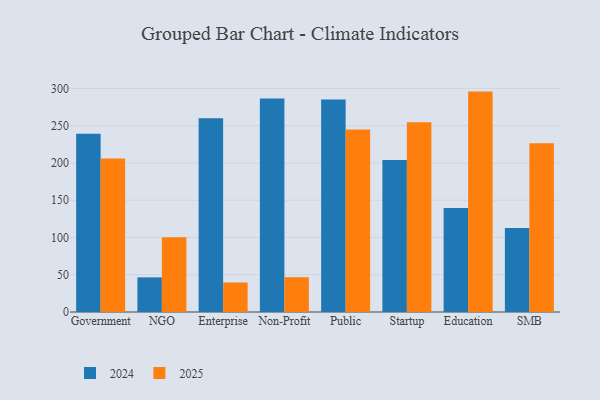
{"axis": {"x": "Segment", "y": "Waste Production (Tons)"}, "legend": ["2024", "2025"], "data": [{"x": "Government", "y": 239.1, "type": "2024"}, {"x": "Government", "y": 205.9, "type": "2025"}, {"x": "NGO", "y": 46.5, "type": "2024"}, {"x": "NGO", "y": 100.3, "type": "2025"}, {"x": "Enterprise", "y": 259.9, "type": "2024"}, {"x": "Enterprise", "y": 39.6, "type": "2025"}, {"x": "Non-Profit", "y": 286.6, "type": "2024"}, {"x": "Non-Profit", "y": 46.7, "type": "2025"}, {"x": "Public", "y": 285.2, "type": "2024"}, {"x": "Public", "y": 244.9, "type": "2025"}, {"x": "Startup", "y": 204.1, "type": "2024"}, {"x": "Startup", "y": 254.7, "type": "2025"}, {"x": "Education", "y": 139.6, "type": "2024"}, {"x": "Education", "y": 295.8, "type": "2025"}, {"x": "SMB", "y": 112.9, "type": "2024"}, {"x": "SMB", "y": 226.5, "type": "2025"}]}